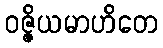
ဝဇ္ဇိယမာဟိတေ